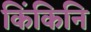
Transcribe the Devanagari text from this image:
किंकिनि